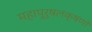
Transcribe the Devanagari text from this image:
महापुरुषलक्षणों